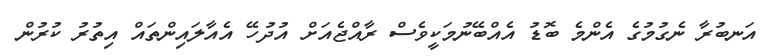
އަނބުރާ ނެގުމުގެ އެންމެ ބޮޑު އެއްބޭނުމަކީވެސް ރާއްޖެއަށް އުދުހޭ އެއާލައިންތައް އިތުރު ކުރުން